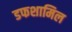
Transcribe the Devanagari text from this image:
डफशामिल